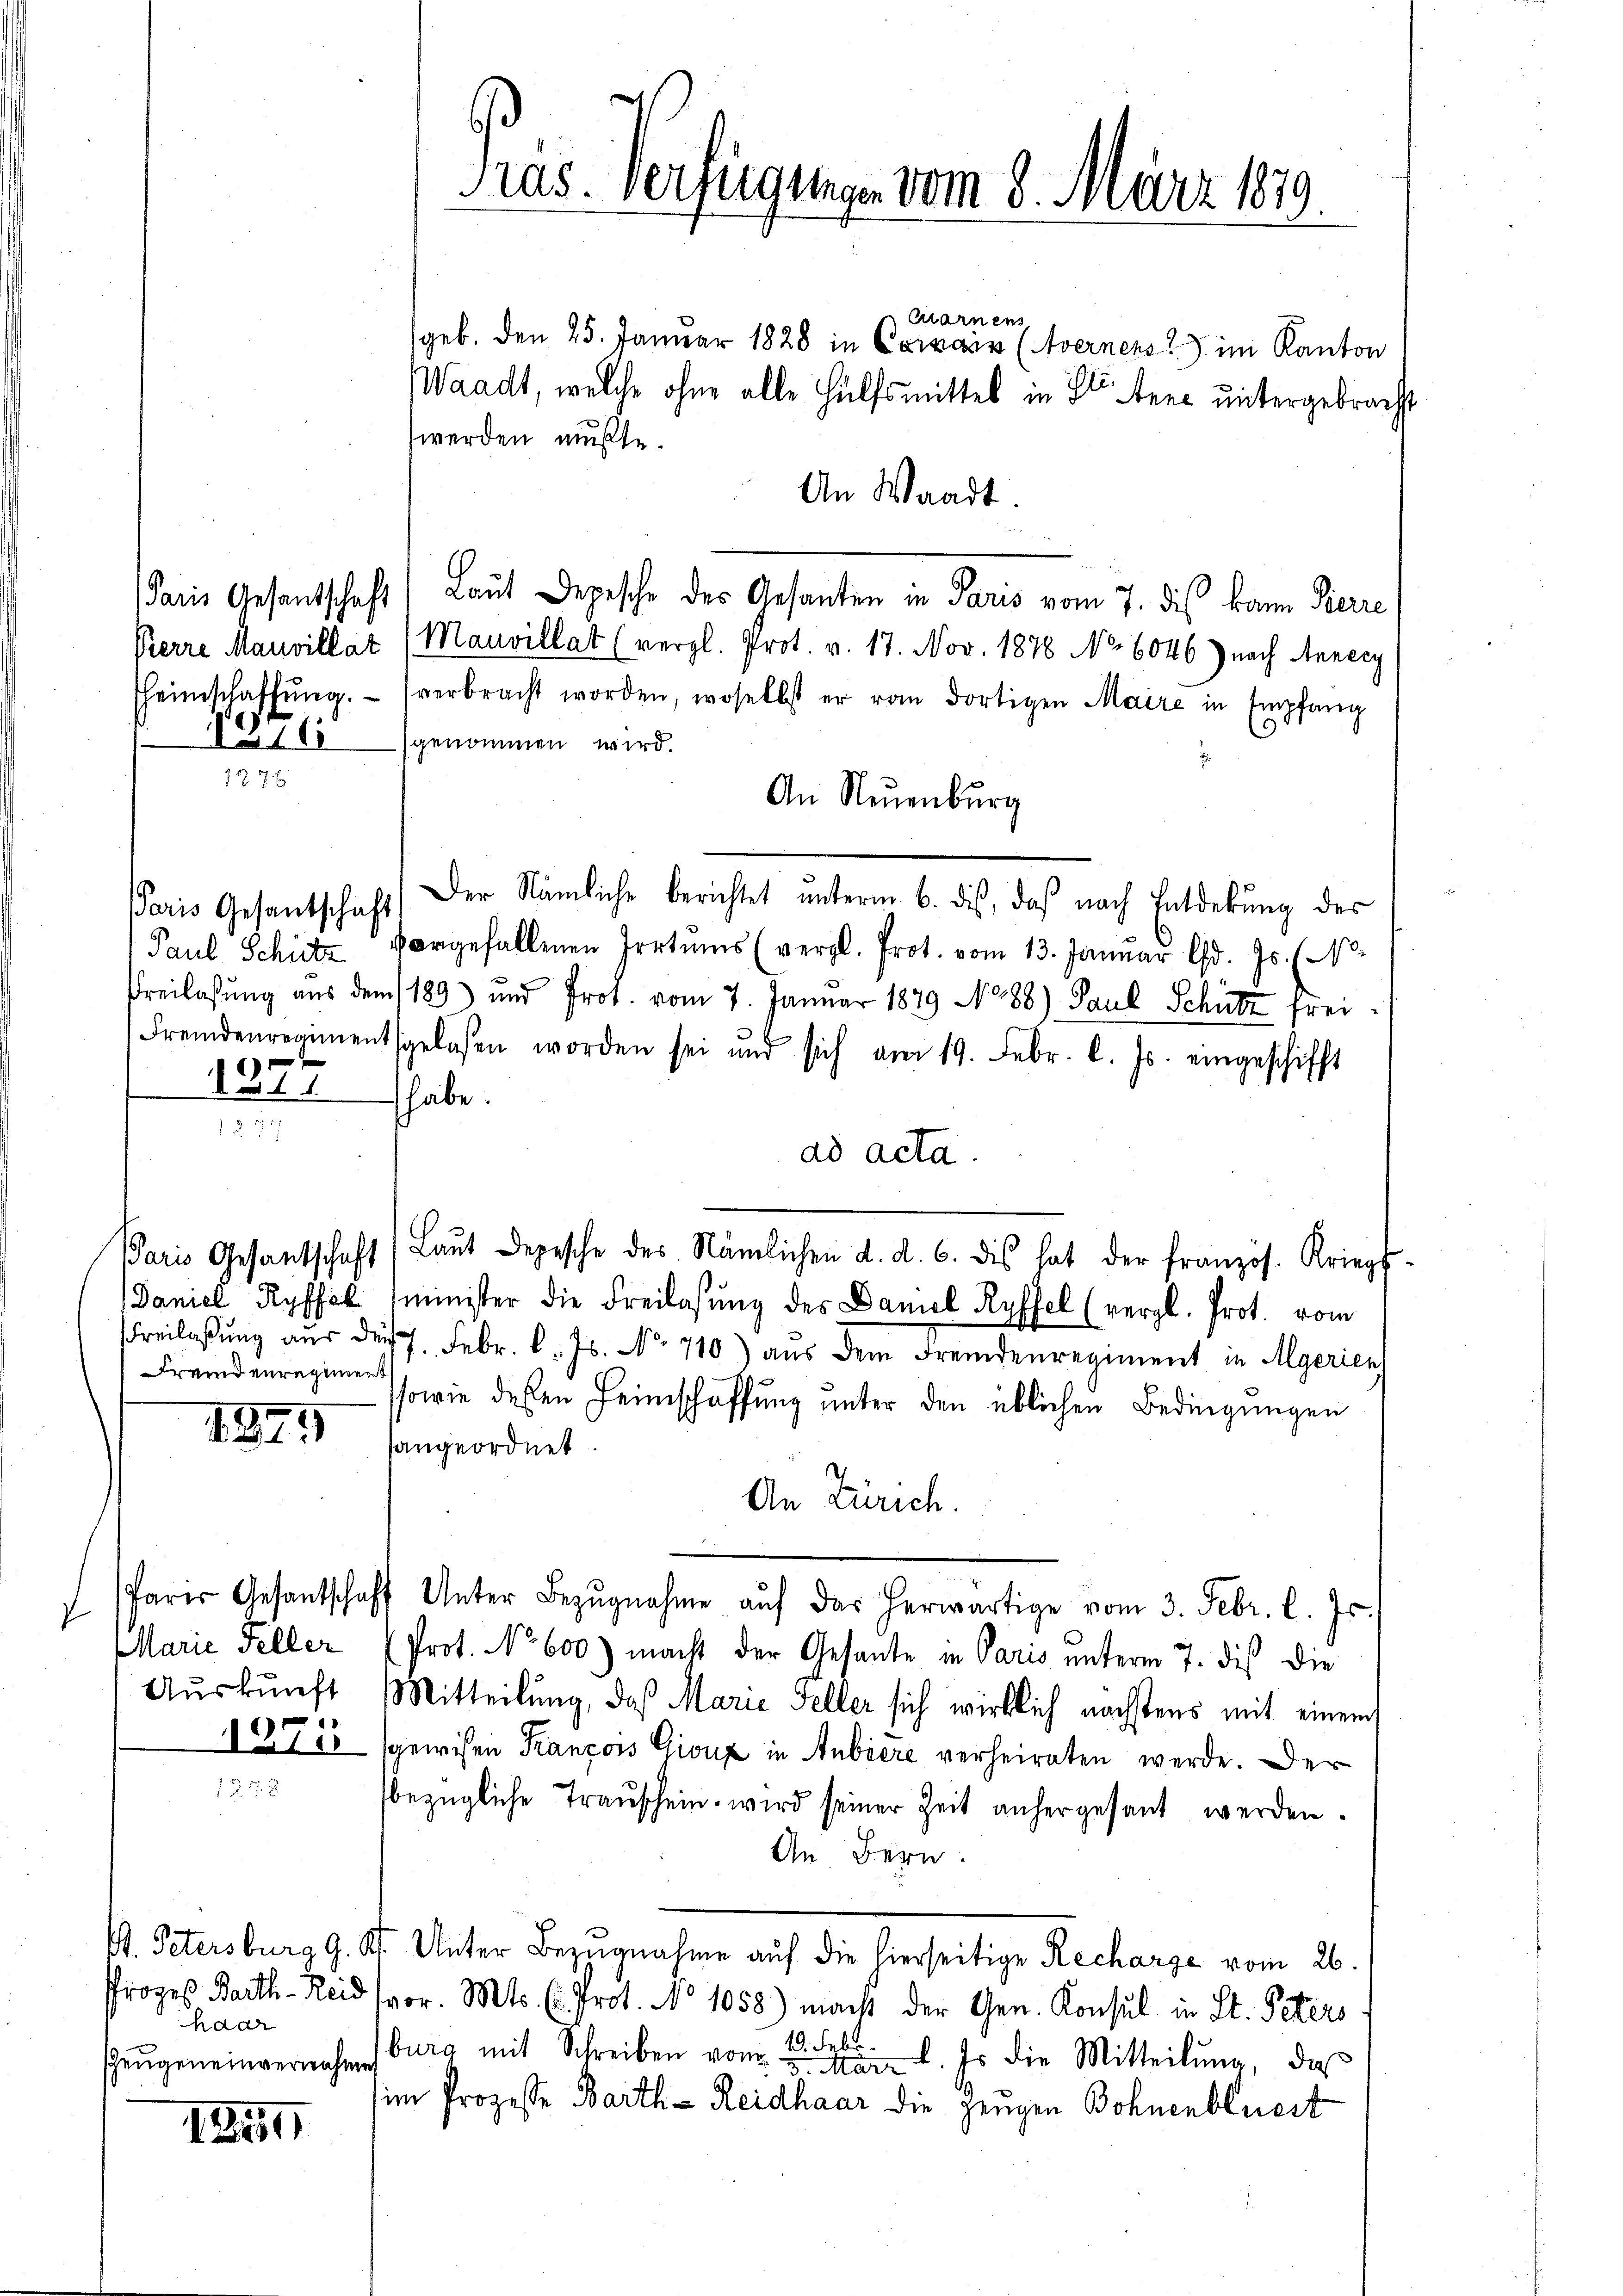
Paris Gesantschaft
1377

Fremdenregiment

14

f

Quarnens
(geb. Den 25. Januar 1828 in Cocain (Avernens im Kanton
Waadt, welche ohne alle Hülfsmittel in Ittner untergebracht
werden mußte.
An Waadt.
Paris Gesantschaft (Laut Depesche des Gesanten in Paris vom 7. dis kann Pierre
Kerre Mauvillat (Mauvillat (vergl. Prot. v. 17. Nov. 1878 No. 6046) nach Annery
heimschaffŭng. (verbracht worden, woselbst er vom dortigen Maire in Empfang
1716 genommen wird.
An Neuenburg
Der Nämliche berichtet unterm 6. dis, daß nach Entdekung des
Paul Schutz vorgefallenen Irrtums (vergl. Prot. vom 13. Januar d. Js. (N.
Freilassung aus dem 189) und Prot. vom 7. Januar 1879 No 88) Paul Schütz frei¬
Fremdenregimentsgelasen worden sei und sich am 19. Febr. l. Js. eingeschifft
habe.
ad acta.
Paris Gesantschaft (Laŭt Depesche des Nämlichen d. d. 6. dis hat der französ. Kriegs-
Daniel Ryffel (minister die Freilasung des Damel Ryffel (vergl. Prot. vom
Freilassŭng aŭs der 7. Febr. l. Js. No 710) aus dem Fremdenregiment in Algerien
sowie dessen Heimschaffung unter den üblichen Bedingungen
4943 angeordnet
An Zürich.
Paris Gesantschaft Unter Bezŭgnahme aŭf das herwärtige vom 3. Febr. l. Js.
Marie Feller (Prot. No 600) macht der Gesante in Paris unterm 7. dies die
Auskunft Mitteilung, daß Marie Feller sich wirklich nächstens mit einem
10788 gewisen François Giouz in Anbiere verheiraten werde. Der
bezügliche Transchein wird seiner Zeit anhergesant werden.
An Bern.
V. Petersburg G. Kt. Unter Bezugnahme auf die hierseitige Recharge vom 26.
Prozes Barth-Reid vor. Mts. E. Prot. No 1058) macht der Gen. Konsul in St. Peters
10. Febr.
burg mit Schreiben vom 1. Es die Mitteilŭng, daß
im Prozesse Barth - Reidhaar die Zeugen Bohnenbluest

haar
ZZeugen einvernahme

s
Tras. Verfügungen vom 8. März 1879.